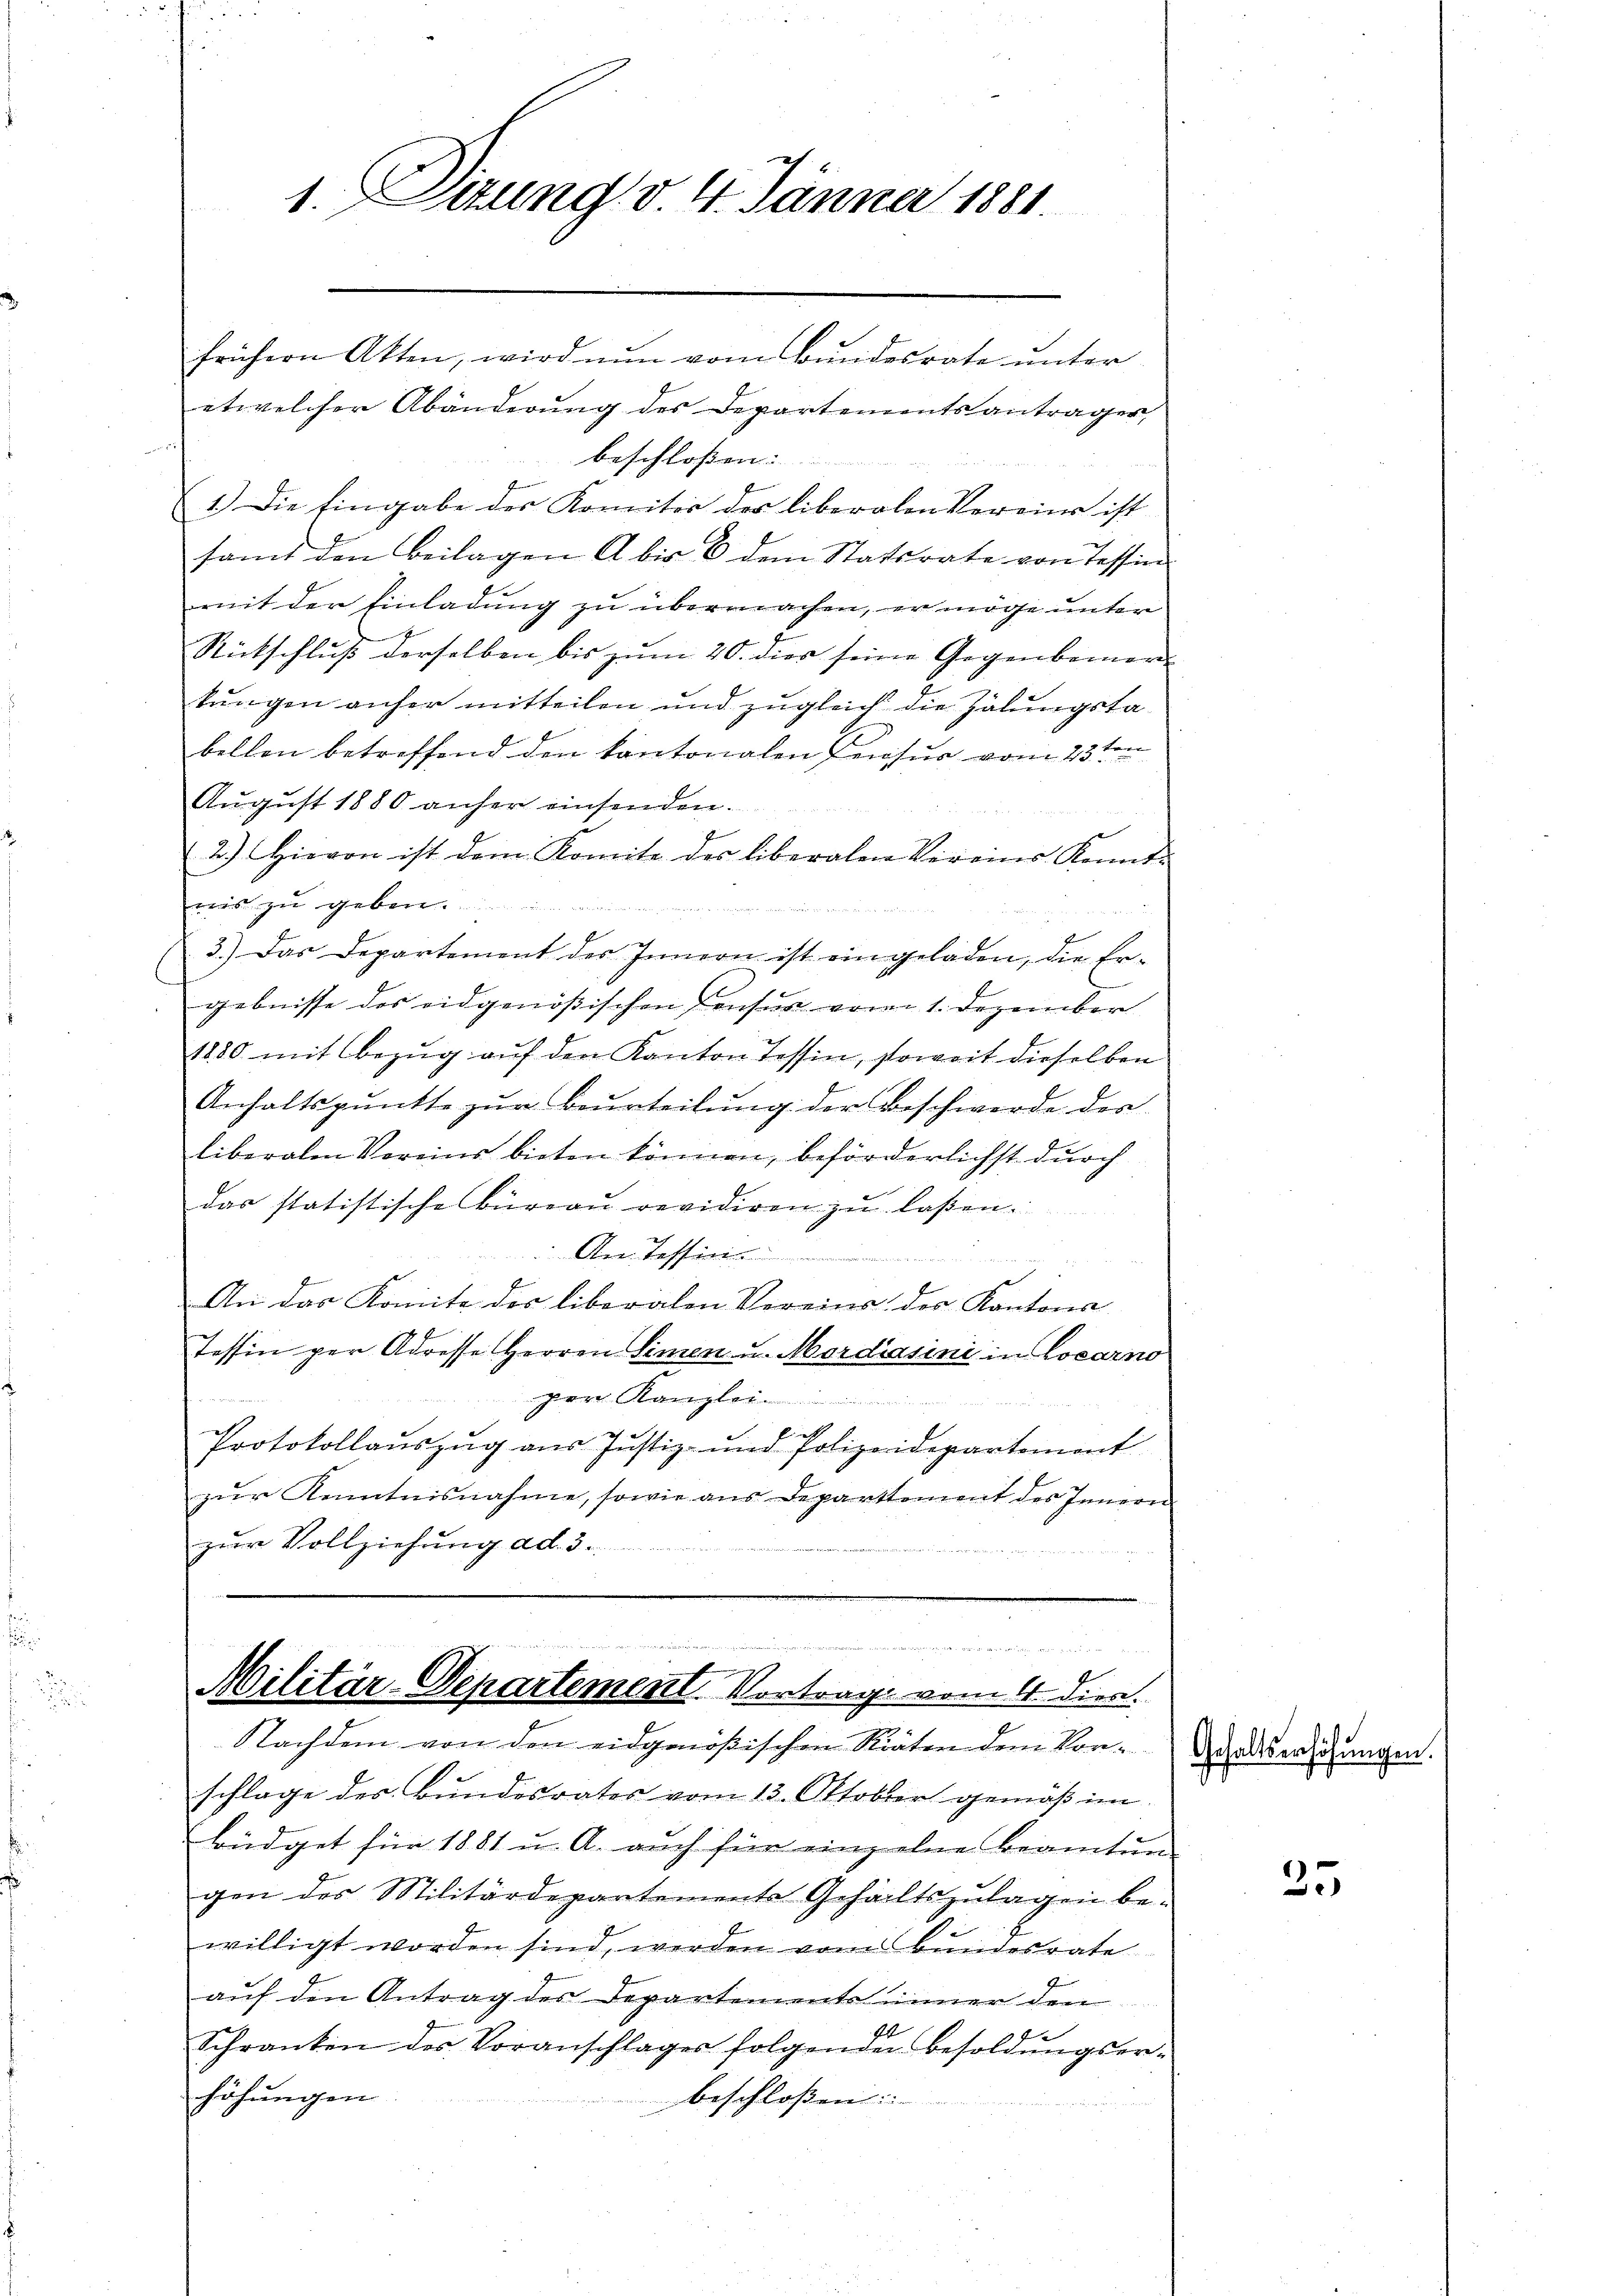
frühern Akten, wird nun vom Bundesrate unter
etwelcher Abänderŭng des Departementsanträger,
beschlossen: |
1.) Die Eingabe der Komiter der liberalen Vereins ist
samt den Beilagen A bis 6 dem Statsrate von Tessin
mit der Einladung zu übermachen, er möge unter
Rückschluß derselben bis zum 20. dies seine Gegenbemer-
kungen anher mitteilen und zugleich die Zähungstabellen betreffend den kantonalen Pensur vom 23ten
August 1880 anher einsenden.
2.) Hievon ist dem Komite des liberalen Vereins Kennt-
mis zu geben......

3.) Das Departement des Innern ist eingeladen, die Ergebnisse des eidgenössischen Pensus vom 1. Dezember
1880 mit Bezŭg aŭf den Kanton Tessin, soweit dieselben
Anhaltspunkte zŭr Beurteilŭng der Beschwerde der
liberalen Voreins bieten können, beförderlichst durch
das statistische Büreau revidiren zu laßen.
An Tessin
Statt die Be
An das Komite des liberalen Vereins des Kantons
tessin per Adresse Herren Simen u. Mordiasini in Locarno
gem Kanzlei
Protokollauszug aus Justiz- und Polizeidepartement
zur Kenntnisnahme, sowie aus Departement des Innern
zur Vollziehung ad. 3.

1. Situng v. 4. Jänner 1881

s Herrn
 ..  ..
f
Militär-Departement. Vortrage vom 4. dien.

Nachdem von den eidgenößischen Rieten dem kon-Gardserziehungen.
schlage der Bundesrates vom 13. Oktober gemäß im
büdget für 1881 u. A. auch für einzelne Beamtung
gen des Militärdepartemente Gehaltszulagen bewilligt worden sind, werden vom Bundesrate
auf den Antrag des Departements inner den
20.
Schranken des Voranschlages folgenden Besoldungserhöhungen
beschloßen:

35